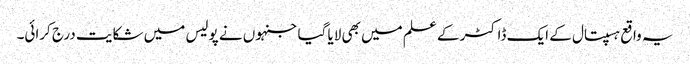
یہ واقع ہسپتال کے ایک ڈاکٹر کے علم میں بھی لایا گیا جنہوں نے پولیس میں شکایت درج کرائی۔